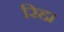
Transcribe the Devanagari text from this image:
रिद्दा